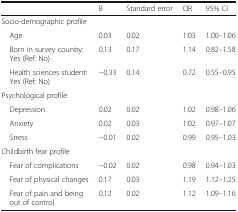
<table><thead><tr><td></td><td><b>B</b></td><td><b>Standard error</b></td><td><b>OR</b></td><td><b>95% CI</b></td></tr></thead><tbody><tr><td colspan="5">Socio-demographic profile</td></tr><tr><td> Age</td><td>0.03</td><td>0.02</td><td>1.03</td><td>1.00–1.06</td></tr><tr><td> Born in survey country: Yes (Ref: No)</td><td>0.13</td><td>0.17</td><td>1.14</td><td>0.82–1.58</td></tr><tr><td> Health sciences student: Yes (Ref: No)</td><td>−0.33</td><td>0.14</td><td>0.72</td><td>0.55–0.95</td></tr><tr><td colspan="5">Psychological profile</td></tr><tr><td> Depression</td><td>0.02</td><td>0.02</td><td>1.02</td><td>0.98–1.06</td></tr><tr><td> Anxiety</td><td>0.02</td><td>0.03</td><td>1.02</td><td>0.97–1.07</td></tr><tr><td> Stress</td><td>−0.01</td><td>0.02</td><td>0.99</td><td>0.95–1.03</td></tr><tr><td colspan="5">Childbirth fear profile</td></tr><tr><td> Fear of complications</td><td>−0.02</td><td>0.02</td><td>0.98</td><td>0.94–1.03</td></tr><tr><td> Fear of physical changes</td><td>0.17</td><td>0.03</td><td>1.19</td><td>1.12–1.25</td></tr><tr><td> Fear of pain and being out of control</td><td>0.12</td><td>0.02</td><td>1.12</td><td>1.09–1.16</td></tr></tbody></table>